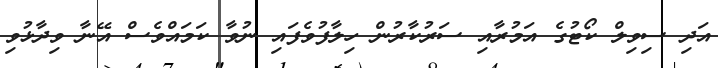
އަދި ސިވިލް ކޯޓުގެ އަމުރާއި ސަރުކާރުން ހިލާފުވެފައި ނުވާ ކަމައްވެސް އޭނާ ވިދާޅުވި